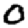
Digit: 0